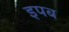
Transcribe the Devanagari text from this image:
इपब